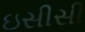
ઇસીસી